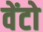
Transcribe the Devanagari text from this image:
वेंटो